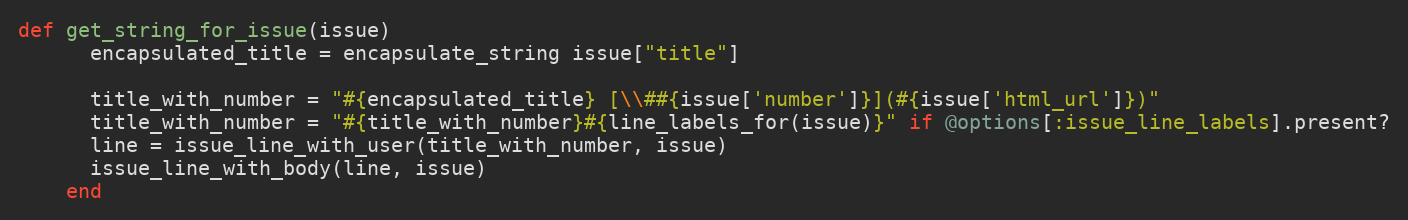
Language: Ruby
def get_string_for_issue(issue)
      encapsulated_title = encapsulate_string issue["title"]

      title_with_number = "#{encapsulated_title} [\\##{issue['number']}](#{issue['html_url']})"
      title_with_number = "#{title_with_number}#{line_labels_for(issue)}" if @options[:issue_line_labels].present?
      line = issue_line_with_user(title_with_number, issue)
      issue_line_with_body(line, issue)
    end